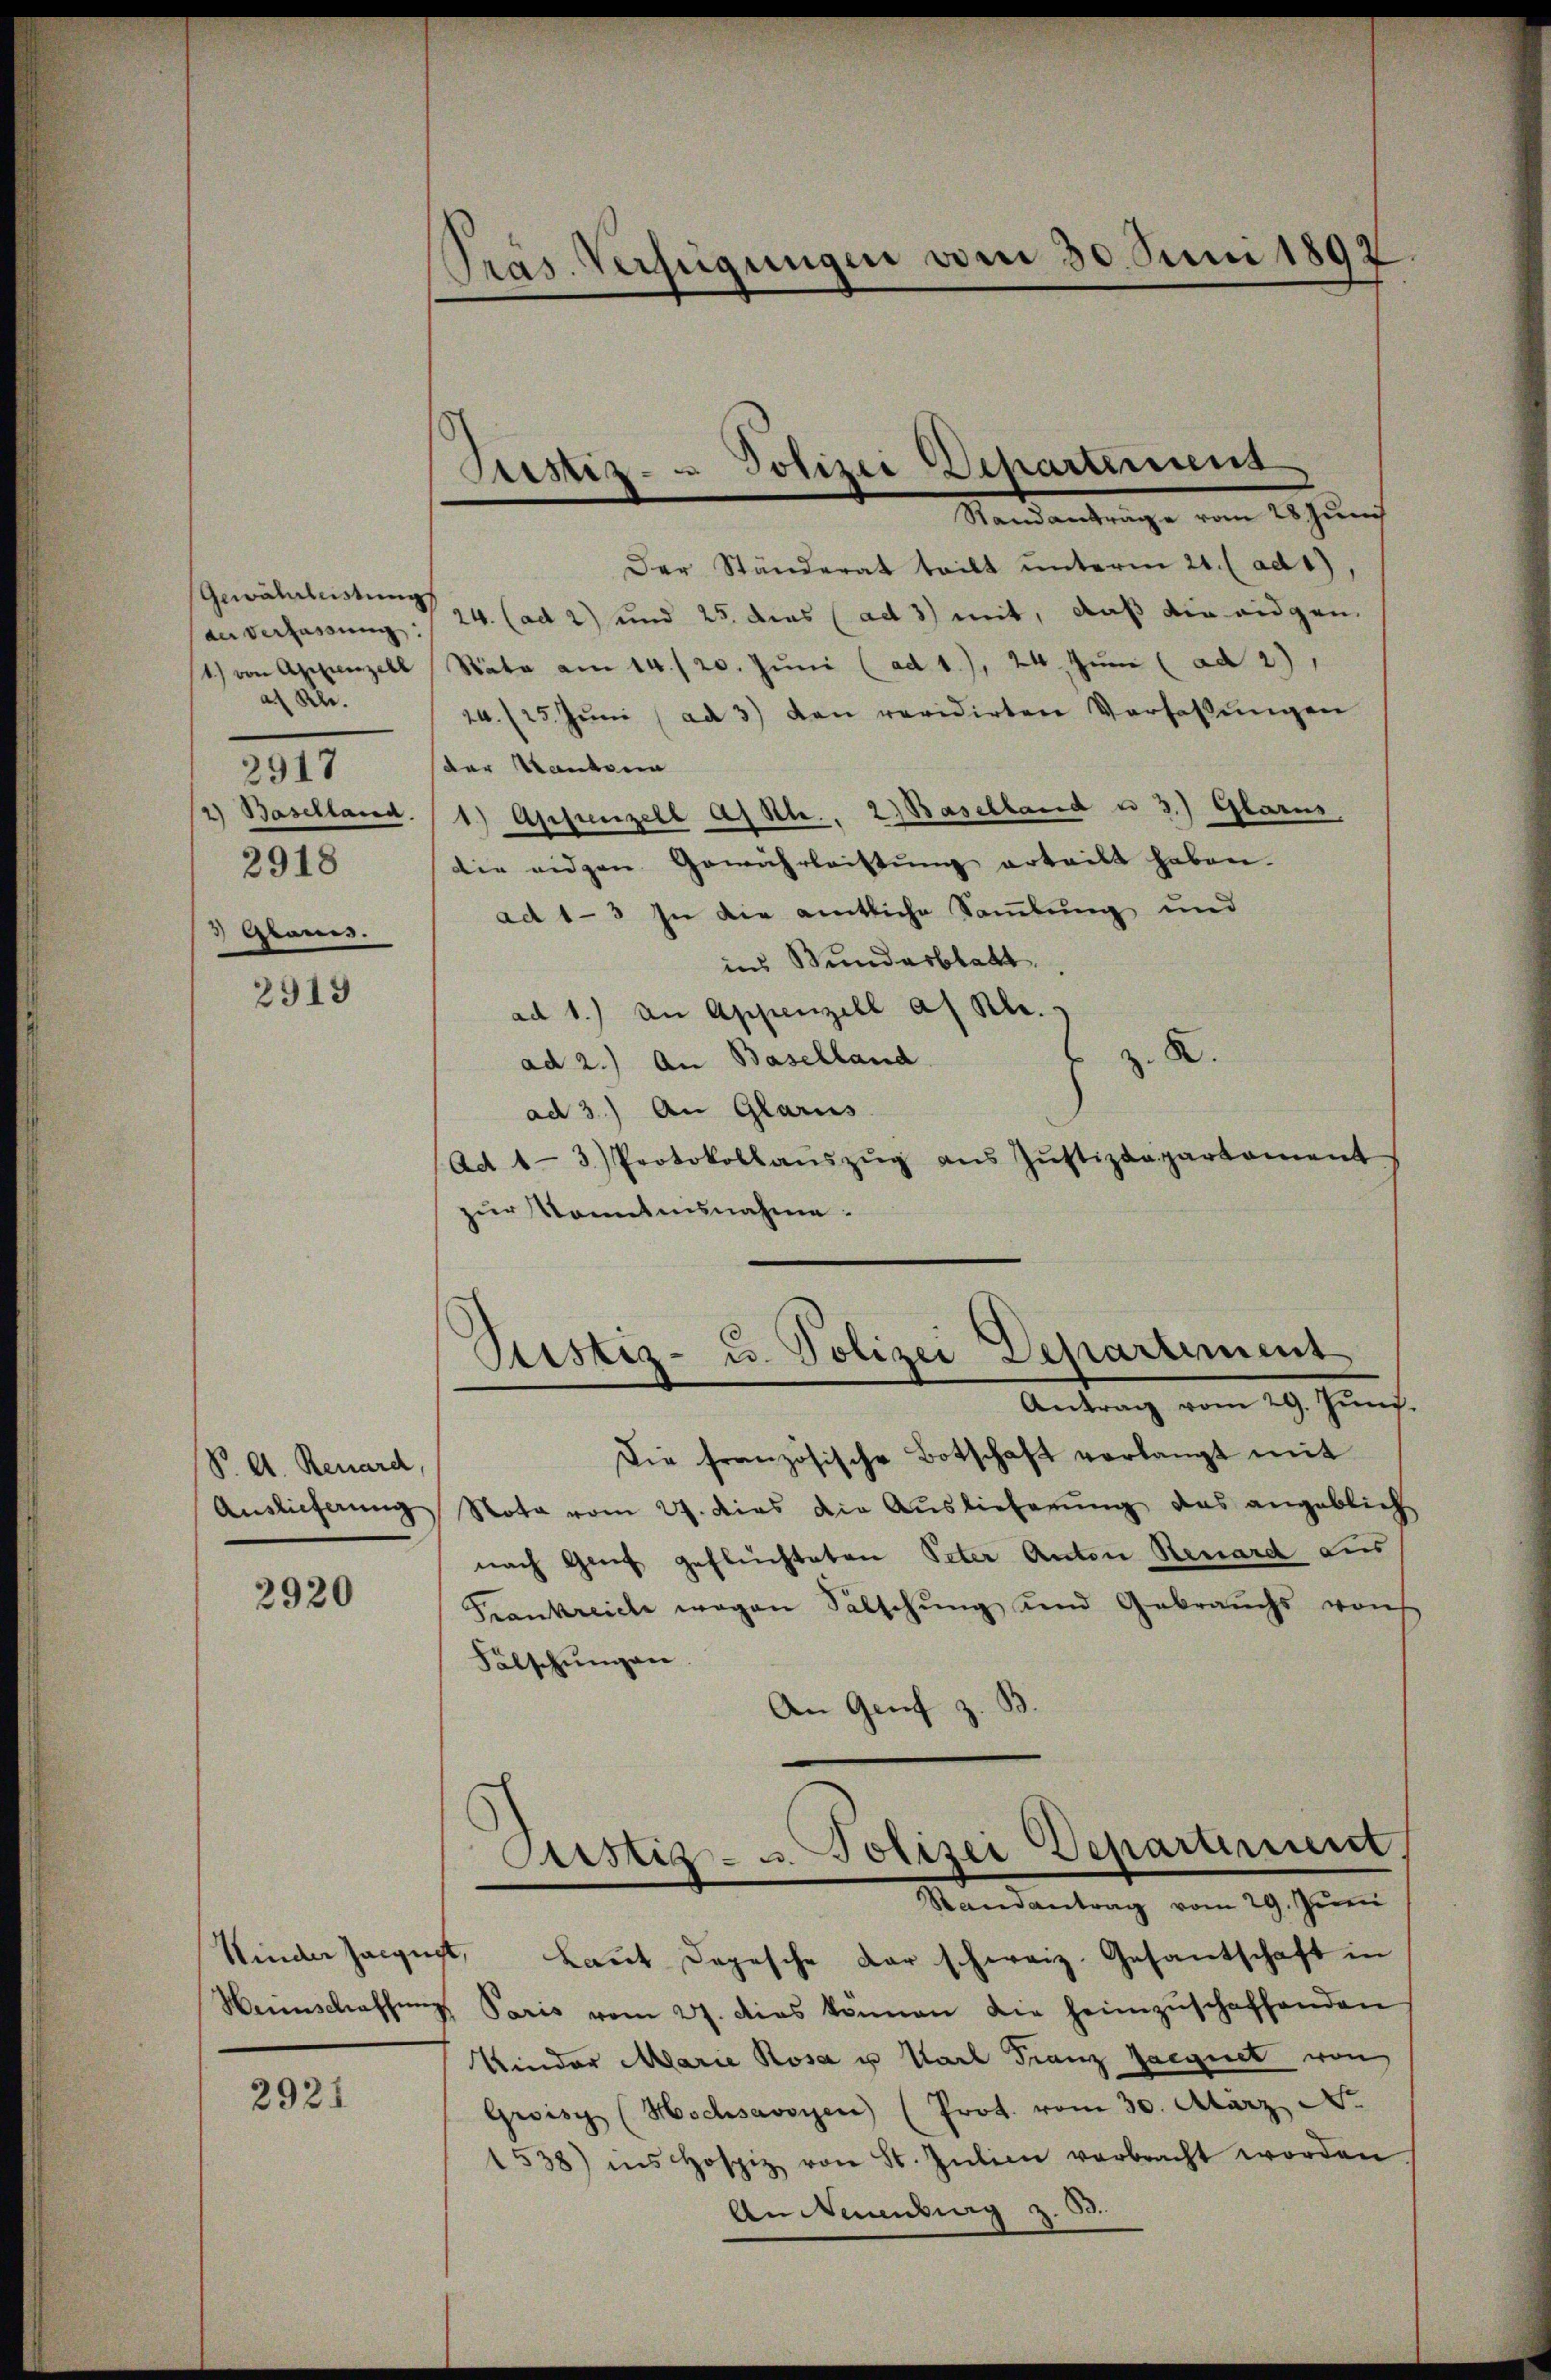
Gewährleistung
der Verfassung:
1) von Appenzell
af Kl.
Baselland
2918
 Gramis.

2917

2919

V. A. Renard,
Auslieferung

2920

Kinder Zeignet,
Heimschaffen

2921

Präs. Verfügungen vom 30. Juni 1892

Justiz- & Polizei Departemend

Ptistiz- u. Polizei Departiment

Der Ständerat teilt unterm 21. (ad 1.
24. (ad 2) und 25 dies (ad 3) mit, daß die eidgen.
Stäte am 14./20. Jŭni (ad 1.), 24. Juni (ad 2)
./25. Jŭni (ad 3) von revidirten Verfassungen
der Standern
1.) Appenzell asste. 2) Baselland u 3.) Glarus,
die eidgen. Gewährleistŭng erteilt haben.
ad 1-3 In die amtliche Samlung und
ins Bundesblatt
ad 1.) an Appenzell a/Rh.
.
ad 2.) An Baselland
ad 3.) An Glarus
Ad 1-3 Protokollaŭszŭg aŭs Jŭstizdepartament
zur Kenntnisnahme:
Die französische Botschaft verlangt mit
Note vom 27. dies die Auslieferung das angeblich
nach Genf geflüchteten Peter Anton Reuard Lus
Frankreiche wegen Salschung und Gebrauchs von
Fälschungen
An Genf z.
Laut Depesche Dar schweiz. Gesantschaft in
V. Paris vom 27. dies können die heimzŭschaffenden
Kinder Marie Rosa u Karl Franz Jaegnet von
Groisy (Hochsavoyen (Prot. vom 30. März No.
1538) ins Hospiz von St. Jŭlien verbracht worden
An Neuenburg z. B.

Custiz- u. Polizei Departerient,
Randantrag vom 29. Juni